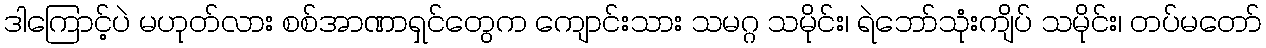
ဒါကြောင့်ပဲ မဟုတ်လား စစ်အာဏာရှင်တွေက ကျောင်းသား သမဂ္ဂ သမိုင်း၊ ရဲဘော်သုံးကျိပ် သမိုင်း၊ တပ်မတော်